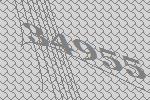
34955